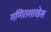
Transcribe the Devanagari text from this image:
गणितशाखेस